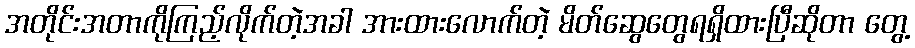
အတိုင်းအတာကိုကြည့်လိုက်တဲ့အခါ အားထားလောက်တဲ့ မိတ်ဆွေတွေရရှိထားပြီဆိုတာ တွေ့